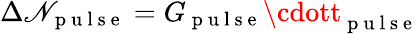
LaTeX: \Delta\mathscr{N}_{\mathrm{{~p~u~l~s~e~}}}=G_{\mathrm{{~p~u~l~s~e~}}}\cdott_{\mathrm{{~p~u~l~s~e~}}}